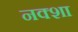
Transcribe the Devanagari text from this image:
नक्‍शा